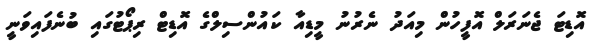
އޮޑިޓަ ޖެނަރަލް އޮފީހުން މިއަދު ނެރުނު މީޑިއާ ކައުންސިލްގެ އޮޑިޓް ރިޕޯޓުގައި ބުނެފައިވަނީ